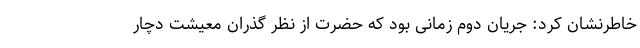
خاطرنشان کرد: جریان دوم زمانی بود که حضرت از نظر گذران معیشت دچار